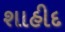
શાહીદ